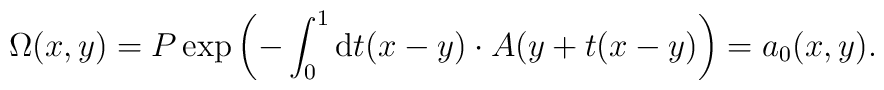
\Omega (x,y)=P\exp \left( -\int_0^1{\rm d}t(x-y)\cdot A(y+t(x-y)\right)=a_0(x,y).